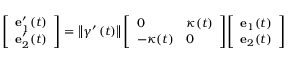
{ \left[ \begin{array} { l } { \mathbf { e } _ { 1 } ^ { \prime } ( t ) } \\ { \mathbf { e } _ { 2 } ^ { \prime } ( t ) } \end{array} \right] } = \left\Vert \gamma ^ { \prime } \left( t \right) \right\Vert { \left[ \begin{array} { l l } { 0 } & { \kappa ( t ) } \\ { - \kappa ( t ) } & { 0 } \end{array} \right] } { \left[ \begin{array} { l } { \mathbf { e } _ { 1 } ( t ) } \\ { \mathbf { e } _ { 2 } ( t ) } \end{array} \right] }